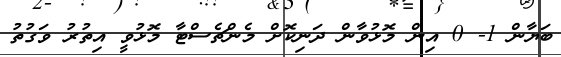
ބަޔާން 1- 0 އިން މޮޅުވާން ދަނިކޮށް މެންޗެސްޓާ މޮޅުވީ އިތުރު ވަގުތު